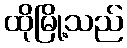
ထိုမြို့သည်